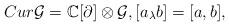
LaTeX: \begin{align*}Cur\mathcal{G}= \mathbb{C}[\partial] \otimes \mathcal{G}, [a_\lambda b]= [a, b],\end{align*}